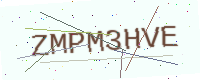
Text: ZMPM3HVE